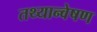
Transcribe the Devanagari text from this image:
तथ्यान्वेषण